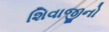
શિવાજીનો